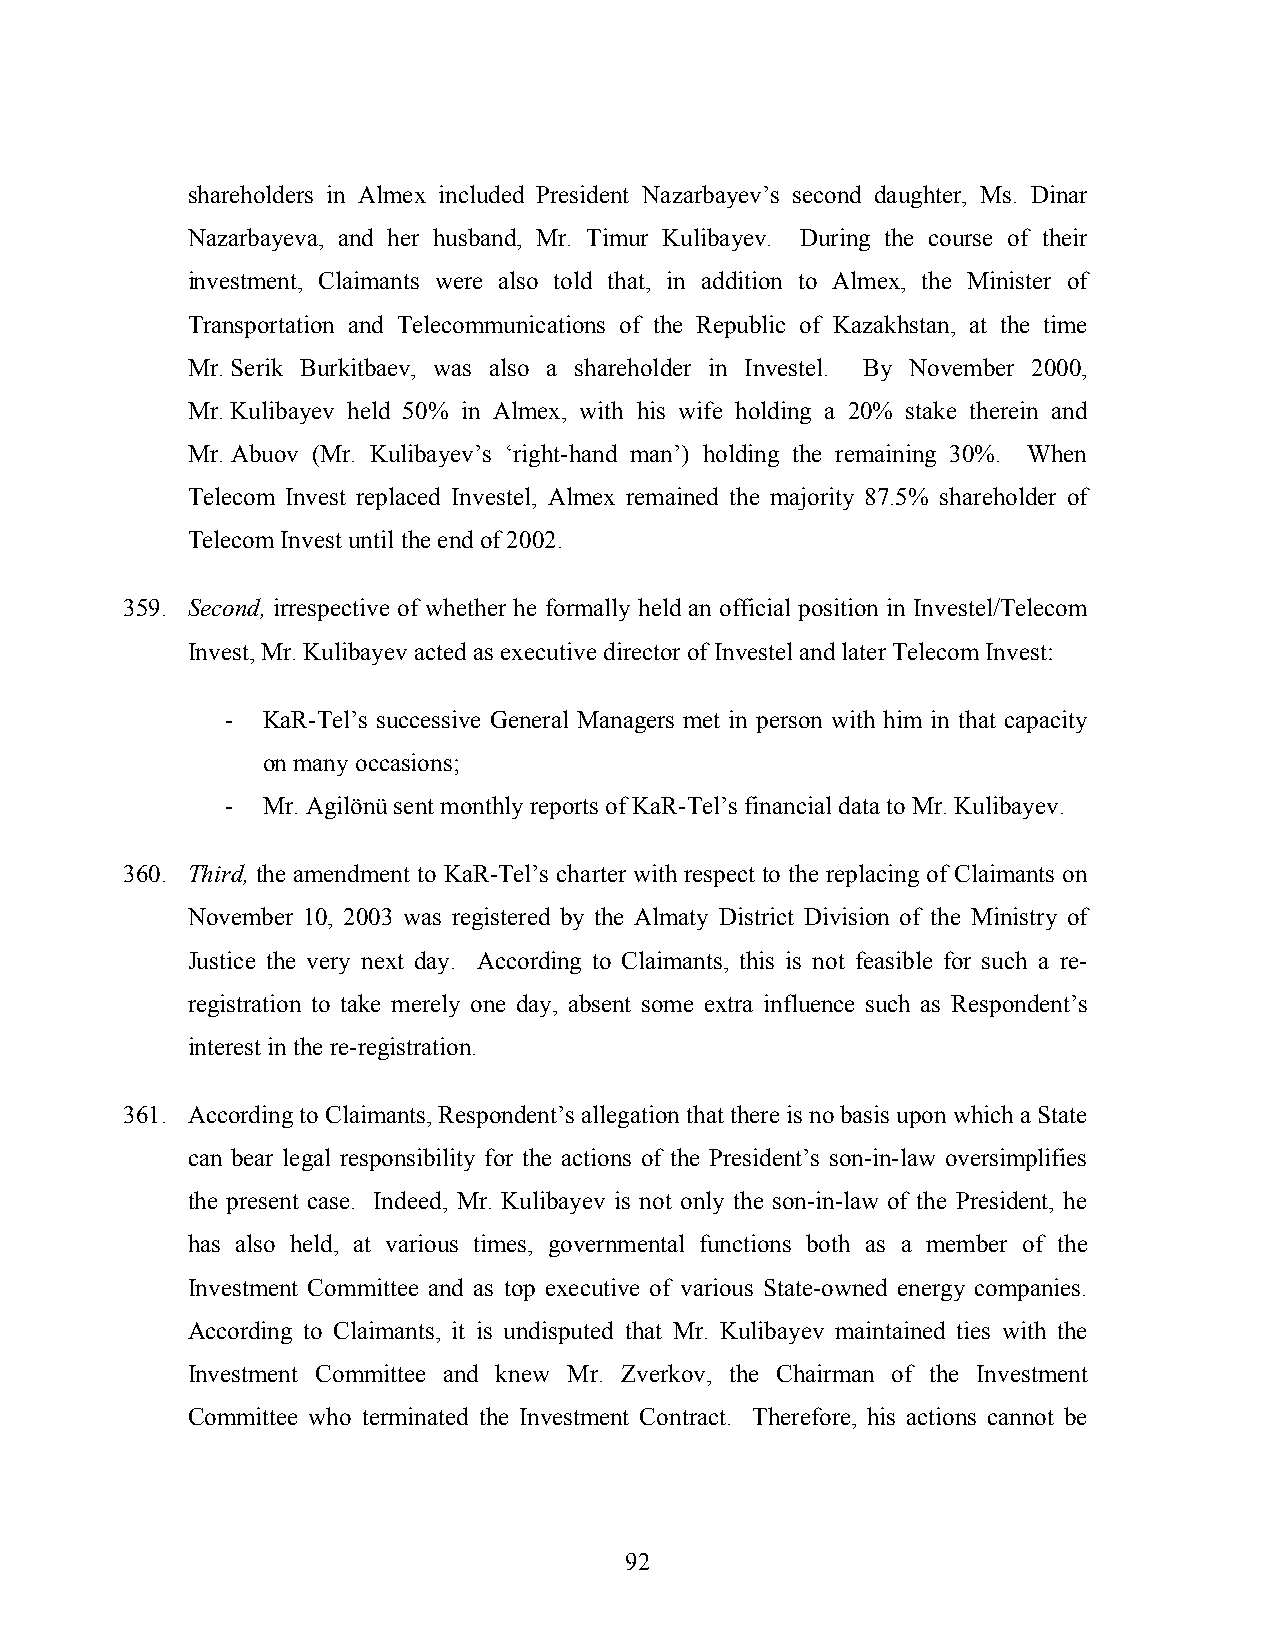
shareholders in Almex included President Nazarbayev’s second daughter, Ms. Dinar
 Nazarbayeva, and her husband, Mr. Timur Kulibayev. During the course of their
 investment, Claimants were also told that, in addition to Almex, the Minister of
 Transportation and Telecommunications of the Republic of Kazakhstan, at the time
 Mr. Serik Burkitbaev, was also a shareholder in Investel. By November 2000,
 Mr. Kulibayev held 50% in Almex, with his wife holding a 20% stake therein and
 Mr. Abuov (Mr. Kulibayev’s ‘right-hand man’) holding the remaining 30%. When
 Telecom Invest replaced Investel, Almex remained the majority 87.5% shareholder of
 Telecom Invest until the end of 2002.
 359. Second, irrespective of whether he formally held an official position in Investel/Telecom
 Invest, Mr. Kulibayev acted as executive director of Investel and later Telecom Invest:
 - KaR-Tel’s successive General Managers met in person with him in that capacity
 on many occasions;
 - Mr. Agilönü sent monthly reports of KaR-Tel’s financial data to Mr. Kulibayev.
 360. Third, the amendment to KaR-Tel’s charter with respect to the replacing of Claimants on
 November 10, 2003 was registered by the Almaty District Division of the Ministry of
 Justice the very next day. According to Claimants, this is not feasible for such a re-
 registration to take merely one day, absent some extra influence such as Respondent’s
 interest in the re-registration.
 361. According to Claimants, Respondent’s allegation that there is no basis upon which a State
 can bear legal responsibility for the actions of the President’s son-in-law oversimplifies
 the present case. Indeed, Mr. Kulibayev is not only the son-in-law of the President, he
 has also held, at various times, governmental functions both as a member of the
 Investment Committee and as top executive of various State-owned energy companies.
 According to Claimants, it is undisputed that Mr. Kulibayev maintained ties with the
 Investment Committee and knew Mr. Zverkov, the Chairman of the Investment
 Committee who terminated the Investment Contract. Therefore, his actions cannot be
 92